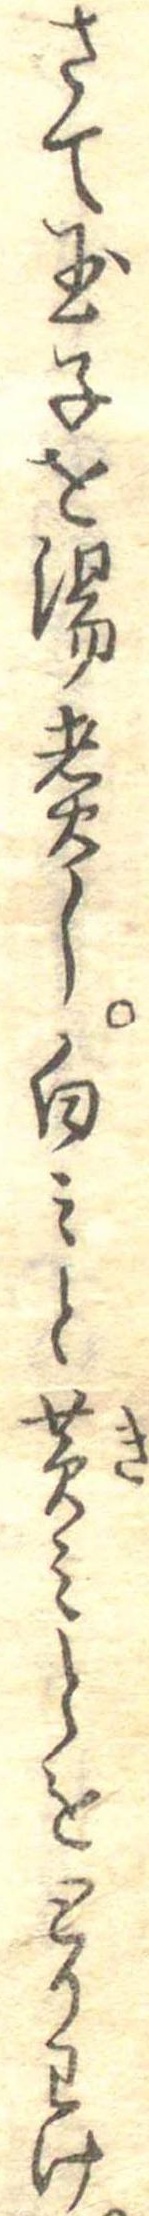
さて玉子を湯煮し白みと黄みとをとりわけ